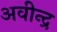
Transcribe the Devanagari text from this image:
अवीन्द्र